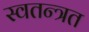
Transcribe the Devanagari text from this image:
स्वतन्त्रत